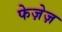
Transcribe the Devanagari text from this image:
फेज़ेज़